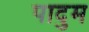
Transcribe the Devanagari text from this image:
पादुम